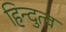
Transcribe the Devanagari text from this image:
हिन्‍दुत्‍व